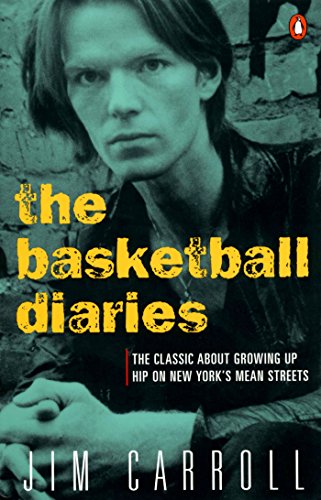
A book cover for The Basketball Diaries; Jim Carroll; Biographies & Memoirs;